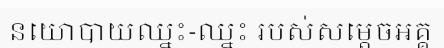
នយោបាយឈ្នះ-ឈ្នះ របស់សម្តេចអគ្គ